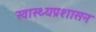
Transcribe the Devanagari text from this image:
स्वास्थ्यप्रशासन